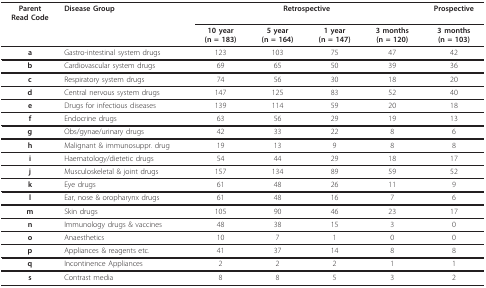
<table><thead><tr><td><b>ParentRead Code</b></td><td><b>Disease Group</b></td><td colspan="4"><b>Retrospective</b></td><td><b>Prospective</b></td></tr><tr><td></td><td></td><td><b>10 year(n = 183)</b></td><td><b>5 year(n = 164)</b></td><td><b>1 year(n = 147)</b></td><td><b>3 months(n = 120)</b></td><td><b>3 months(n = 103)</b></td></tr></thead><tbody><tr><td><b>a</b></td><td>Gastro-intestinal system drugs</td><td>123</td><td>103</td><td>75</td><td>47</td><td>42</td></tr><tr><td><b>b</b></td><td>Cardiovascular system drugs</td><td>69</td><td>65</td><td>50</td><td>39</td><td>36</td></tr><tr><td><b>c</b></td><td>Respiratory system drugs</td><td>74</td><td>56</td><td>30</td><td>18</td><td>20</td></tr><tr><td><b>d</b></td><td>Central nervous system drugs</td><td>147</td><td>125</td><td>83</td><td>52</td><td>40</td></tr><tr><td><b>e</b></td><td>Drugs for infectious diseases</td><td>139</td><td>114</td><td>59</td><td>20</td><td>18</td></tr><tr><td><b>f</b></td><td>Endocrine drugs</td><td>63</td><td>56</td><td>29</td><td>19</td><td>13</td></tr><tr><td><b>g</b></td><td>Obs/gynae/urinary drugs</td><td>42</td><td>33</td><td>22</td><td>8</td><td>6</td></tr><tr><td><b>h</b></td><td>Malignant &amp; immunosuppr. drug</td><td>19</td><td>13</td><td>9</td><td>8</td><td>8</td></tr><tr><td><b>i</b></td><td>Haematology/dietetic drugs</td><td>54</td><td>44</td><td>29</td><td>18</td><td>17</td></tr><tr><td><b>j</b></td><td>Musculoskeletal &amp; joint drugs</td><td>157</td><td>134</td><td>89</td><td>59</td><td>52</td></tr><tr><td><b>k</b></td><td>Eye drugs</td><td>61</td><td>48</td><td>26</td><td>11</td><td>9</td></tr><tr><td><b>l</b></td><td>Ear, nose &amp; oropharynx drugs</td><td>61</td><td>48</td><td>16</td><td>7</td><td>6</td></tr><tr><td><b>m</b></td><td>Skin drugs</td><td>105</td><td>90</td><td>46</td><td>23</td><td>17</td></tr><tr><td><b>n</b></td><td>Immunology drugs &amp; vaccines</td><td>48</td><td>38</td><td>15</td><td>3</td><td>0</td></tr><tr><td><b>o</b></td><td>Anaesthetics</td><td>10</td><td>7</td><td>1</td><td>0</td><td>0</td></tr><tr><td><b>p</b></td><td>Appliances &amp; reagents etc.</td><td>41</td><td>37</td><td>14</td><td>8</td><td>8</td></tr><tr><td><b>q</b></td><td>Incontinence Appliances</td><td>2</td><td>2</td><td>2</td><td>1</td><td>1</td></tr><tr><td><b>s</b></td><td>Contrast media</td><td>8</td><td>8</td><td>5</td><td>3</td><td>2</td></tr></tbody></table>